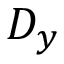
D _ { y }